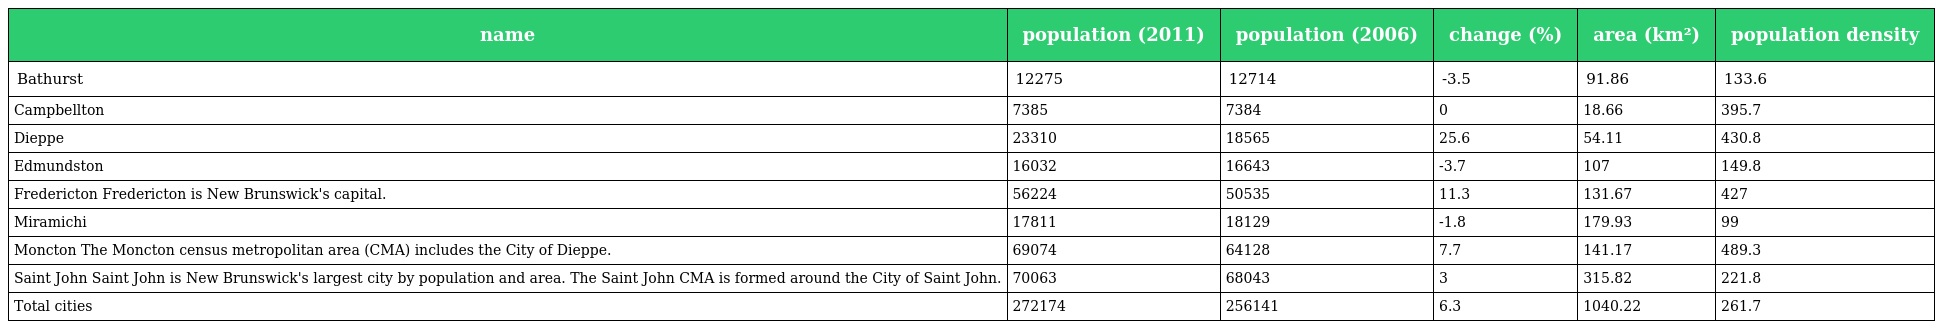
| name | population (2011) | population (2006) | change (%) | area (km²) | population density |
 | --- | --- | --- | --- | --- | --- |
 | Bathurst | 12275 | 12714 | -3.5 | 91.86 | 133.6 |
 | Campbellton | 7385 | 7384 | 0 | 18.66 | 395.7 |
 | Dieppe | 23310 | 18565 | 25.6 | 54.11 | 430.8 |
 | Edmundston | 16032 | 16643 | -3.7 | 107 | 149.8 |
 | Fredericton Fredericton is New Brunswick's capital. | 56224 | 50535 | 11.3 | 131.67 | 427 |
 | Miramichi | 17811 | 18129 | -1.8 | 179.93 | 99 |
 | Moncton The Moncton census metropolitan area (CMA) includes the City of Dieppe. | 69074 | 64128 | 7.7 | 141.17 | 489.3 |
 | Saint John Saint John is New Brunswick's largest city by population and area. The Saint John CMA is formed around the City of Saint John. | 70063 | 68043 | 3 | 315.82 | 221.8 |
 | Total cities | 272174 | 256141 | 6.3 | 1040.22 | 261.7 |